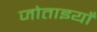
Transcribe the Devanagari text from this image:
जोताइयाँ